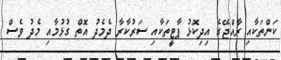
ކަންތަކާއި ރާއްޖޭގެ އިދިކޮޅު ޕާޓީތަކާއި ސަރުކާރާ ދެމެދު އޮތް ގުޅުމާއި މެދު ވެސް